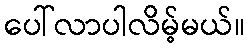
ပေါ်လာပါလိမ့်မယ်။